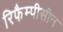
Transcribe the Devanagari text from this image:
रिफैम्पीसीन